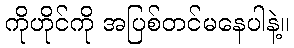
ကိုဟိုင်ကို အပြစ်တင်မနေပါနဲ့။